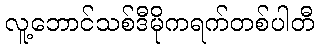
လူ့ဘောင်သစ်ဒီမိုကရက်တစ်ပါတီ